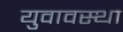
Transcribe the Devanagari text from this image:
युवावस्‍था